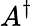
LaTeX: A^{\dagger}